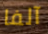
آلفا